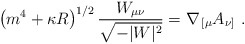
\begin{align*}\left(m^4+\kappa R\right)^{1/2}{W_{\mu\nu}\over\sqrt{-|W|^2}}=\nabla_{\,[\mu} A_{\nu]}\ .\end{align*}